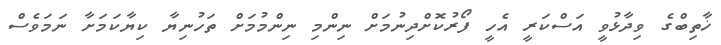
ޚާތިބްގެ ވިދާޅުވީ އަސްކަރީ އެހީ ފޯރުކޮށްދިނުމަށް ނިންމި ނިންމުމަށް ތަހުނިޔާ ކިޔާކަމަށާ ނަމަވެސް